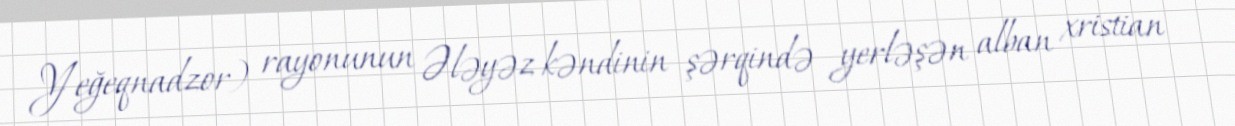
Yeğeqnadzor) rayonunun Ələyəz kəndinin şərqində yerləşən alban xristian